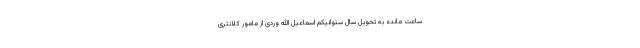
ساعت مانده به تحویل سال ستوانیکم اسماعیل الله وردی از مامور کلانتری